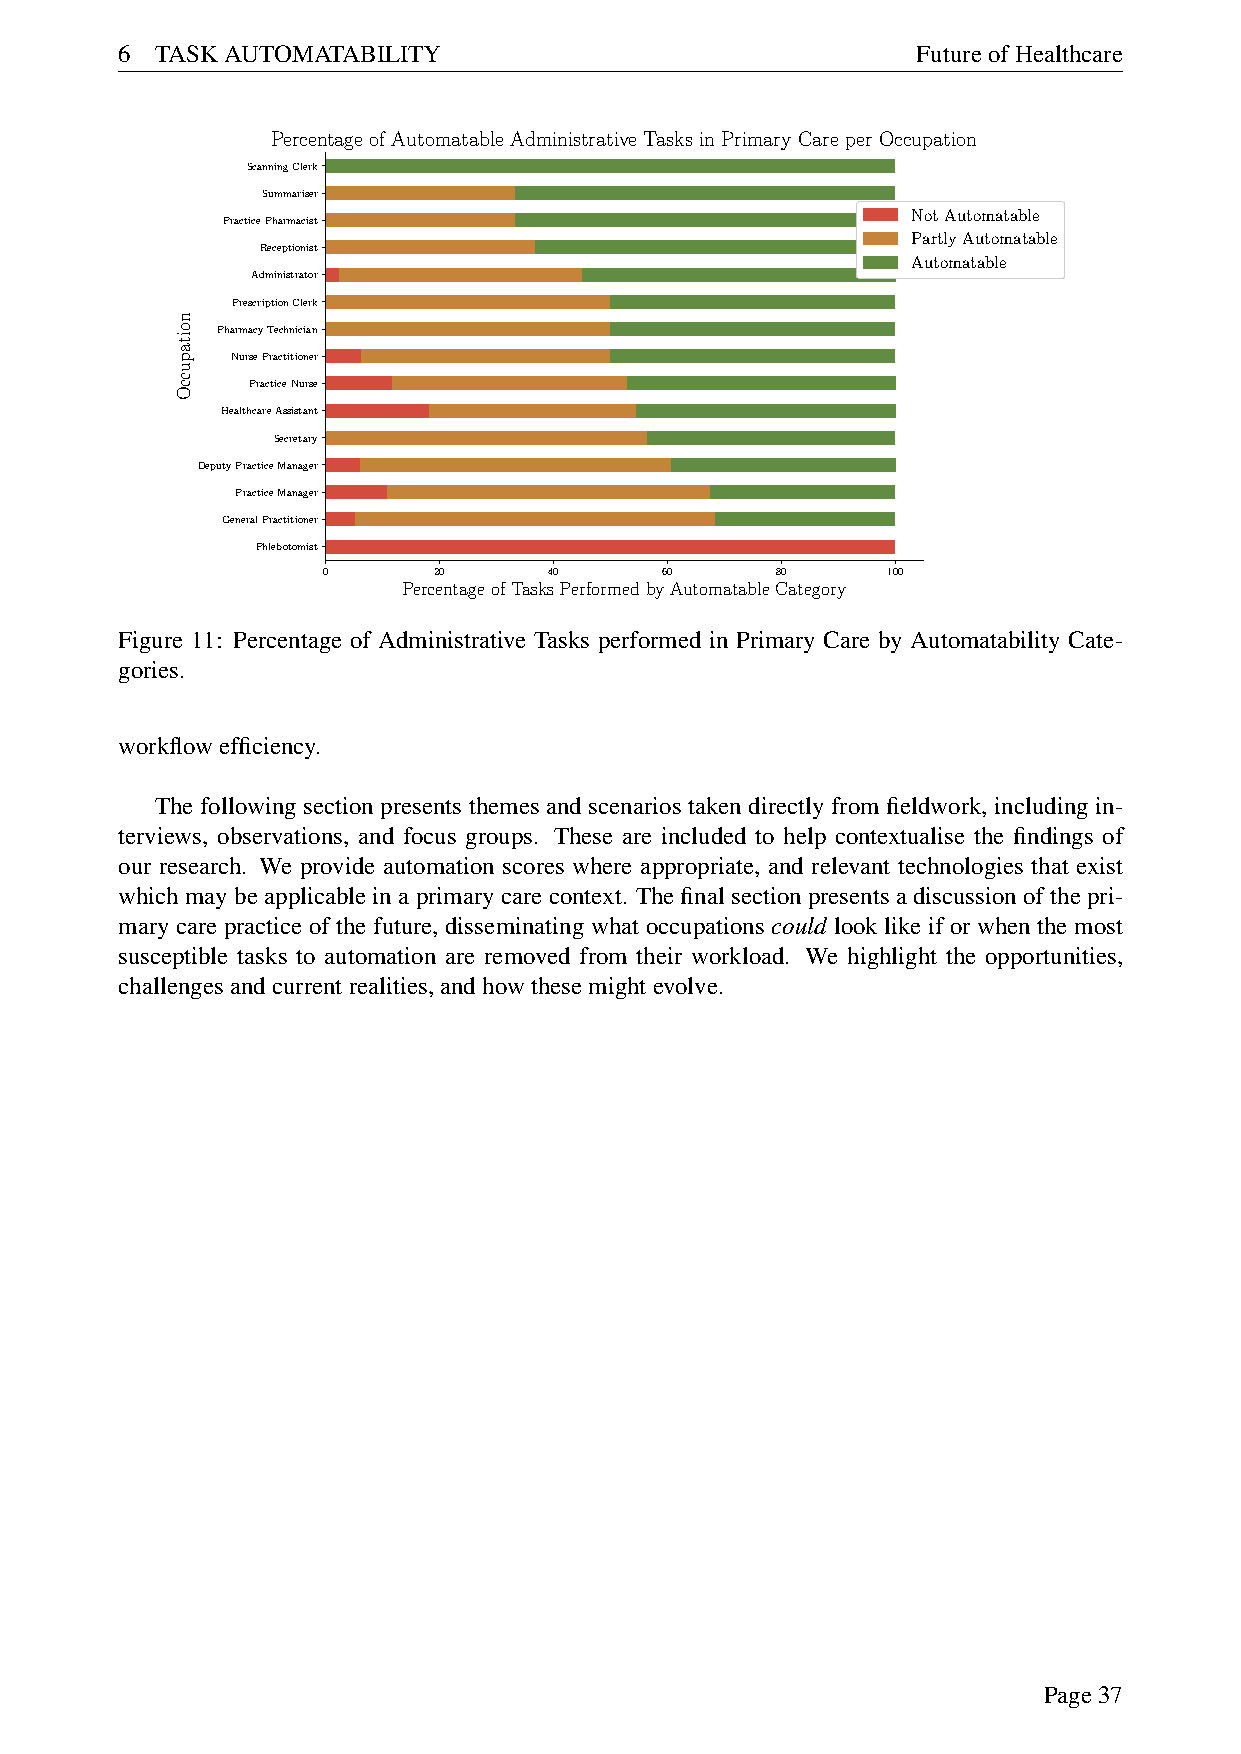
6 TASKAUTOMATABILITY                                 FutureofHealthcare
 Percentage of Automatable Administrative Tasks in Primary Care per Occupation
 ScanningClerk
 Summariser
 NotAutomatable
 PracticePharmacist
 PartlyAutomatable
 Receptionist
 Automatable
 Administrator
 PrescriptionClerk
 PharmacyTechnician
 NursePractitioner
 PracticeNurse
 HealthcareAssistant
 Secretary
 DeputyPracticeManager
 PracticeManager
 GeneralPractitioner
 Phlebotomist
 0       20     40      60     80      100
 PercentageofTasksPerformedbyAutomatableCategory
 Figure 11: Percentage of Administrative Tasks performed in Primary Care by Automatability Cate-
 gories.
 workflowefficiency.
 The following section presents themes and scenarios taken directly from fieldwork, including in-
 terviews, observations, and focus groups. These are included to help contextualise the findings of
 our research. We provide automation scores where appropriate, and relevant technologies that exist
 whichmaybeapplicableinaprimarycarecontext. Thefinalsectionpresentsadiscussionofthepri-
 mary care practice of the future, disseminating what occupations could look like if or when the most
 susceptible tasks to automation are removed from their workload. We highlight the opportunities,
 challengesandcurrentrealities,andhowthesemightevolve.
 Page37
 noitapuccO